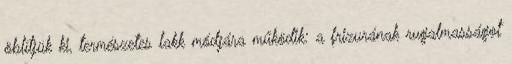
öblítjük ki, természetes lakk módjára működik: a frizurának rugalmasságot